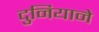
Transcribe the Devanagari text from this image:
दुनियाने